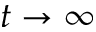
t \rightarrow \infty